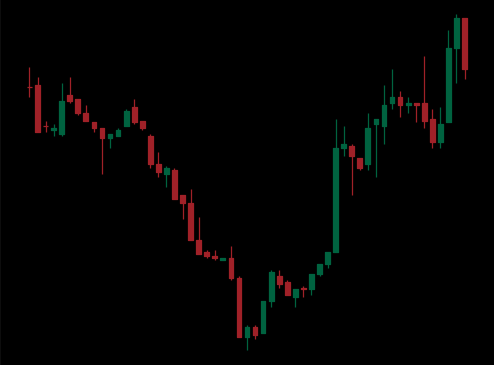
Pattern: inverse_head_shoulders